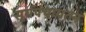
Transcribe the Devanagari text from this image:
सूर्यपंचायतन